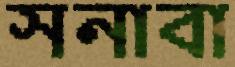
সনাবা